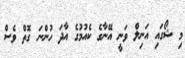
މި ޝޯގައި އަނިލް ވަނީ އޭނާގެ ކެއުމުގެ އާދަ ހުންނަ ގޮތް ވެސް